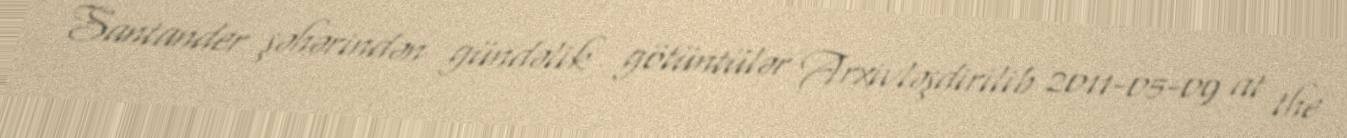
Santander şəhərindən gündəlik götüntülər Arxivləşdirilib 2011-05-09 at the